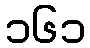
၁၆၁